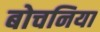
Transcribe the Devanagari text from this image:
बोचनिया